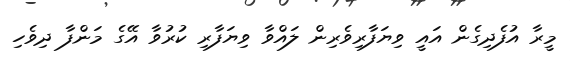
މީރާ އުފެދިގެން އައީ ވިޔަފާރިވެރިން ލައްވާ ވިޔަފާރި ކުރުވާ އޭގެ މަންފާ ދިވެހި